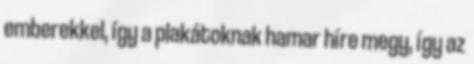
emberekkel, így a plakátoknak hamar híre megy, így az